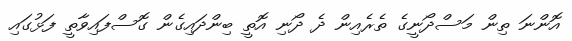
އޮންނަ ތިން މަސްދޯނީގެ ތެރެއިން ދެ ދޯނި އޮތީ ބިންދައިގެން ގޮސްފައިވާތީ ފަޅުގައި